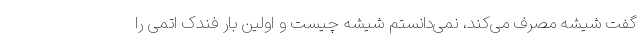
گفت شیشه مصرف می‌کند، نمی‌دانستم شیشه چیست و اولین بار فندک اتمی را